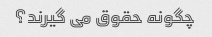
چگونه حقوق می گیرند؟